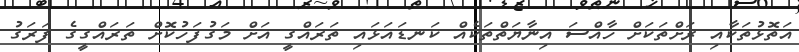
އަތޮޅުތަކާއި ރަށްތަކަށް ހާއްސަ އިނާޔަތްތަކެއް ކަނޑައަޅައި ތަރައްގީ އަށް މަގުފަހުކޮށް ތަރައްގީގެ ފަރަގު